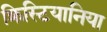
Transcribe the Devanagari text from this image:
क्रिस्टियानिया